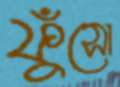
ফুঁসো